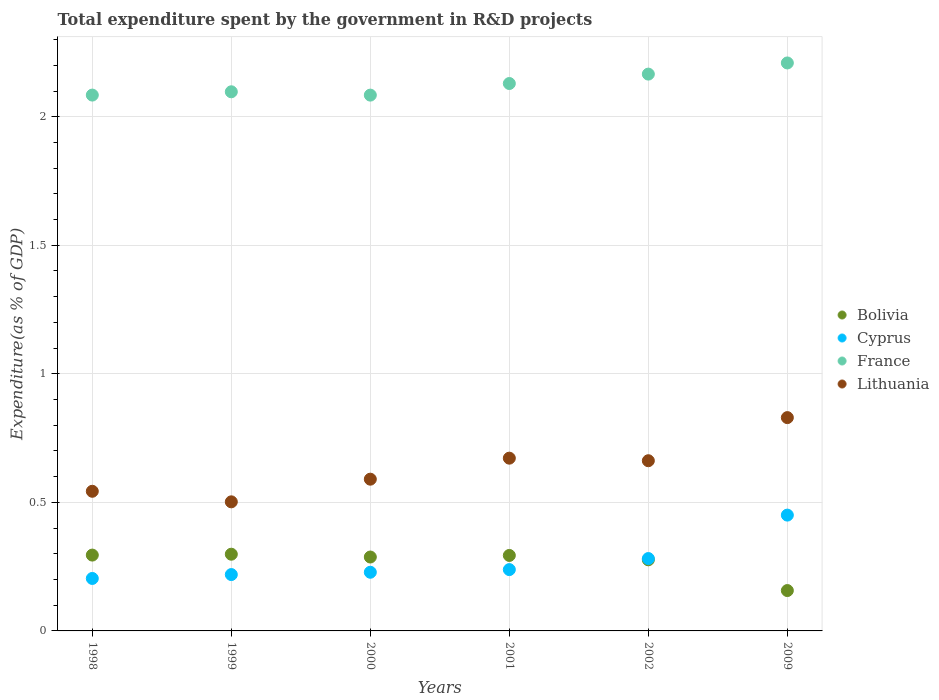
| Years | Bolivia | Cyprus | France | Lithuania |
 | --- | --- | --- | --- | --- |
 | 1998 | 0.295 | 0.204 | 2.08 | 0.543 |
 | 1999 | 0.298 | 0.219 | 2.1 | 0.502 |
 | 2000 | 0.287 | 0.228 | 2.08 | 0.59 |
 | 2001 | 0.294 | 0.239 | 2.13 | 0.672 |
 | 2002 | 0.277 | 0.282 | 2.17 | 0.662 |
 | 2009 | 0.157 | 0.45 | 2.21 | 0.83 |